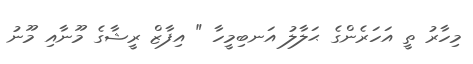
މިހާރު ތީ އަހަރެންގެ ޙަލާލު އަނބިމީހާ " އިފާޒް ރީޝާގެ މޫނާއި މޫނު